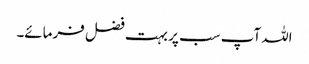
اللہ آپ سب پر بہت فضل فرمائے۔